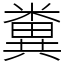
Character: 糞